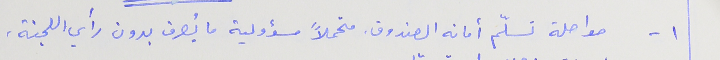
١ - مواصلة تسلّم أمانه الصندوق، متحملاً مسؤولية ما يُصرف بدون رأي اللجنة،